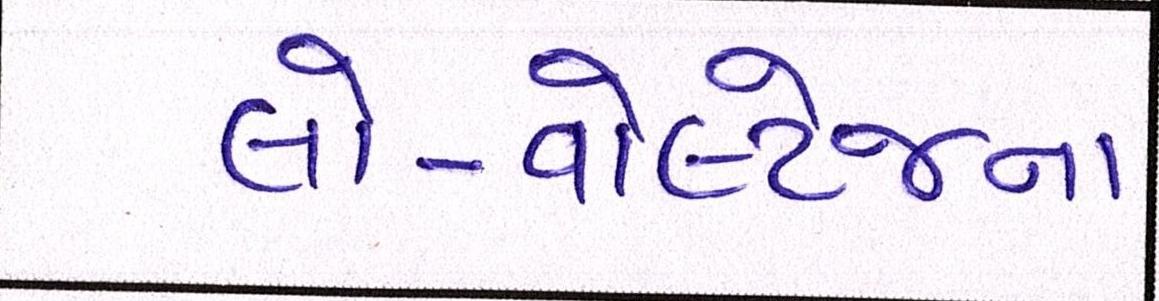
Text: લો-વોલ્ટેજના